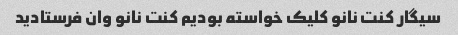
سیگار کنت نانو کلیک خواسته بودیم کنت نانو وان فرستادید